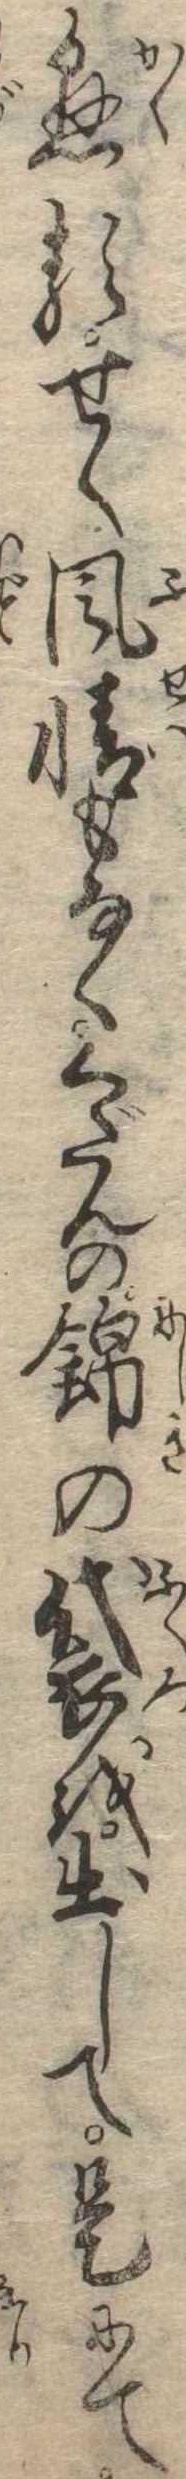
懸るせく風情もなくくだんの錦の袋を出して是にて